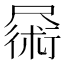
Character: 𪨜